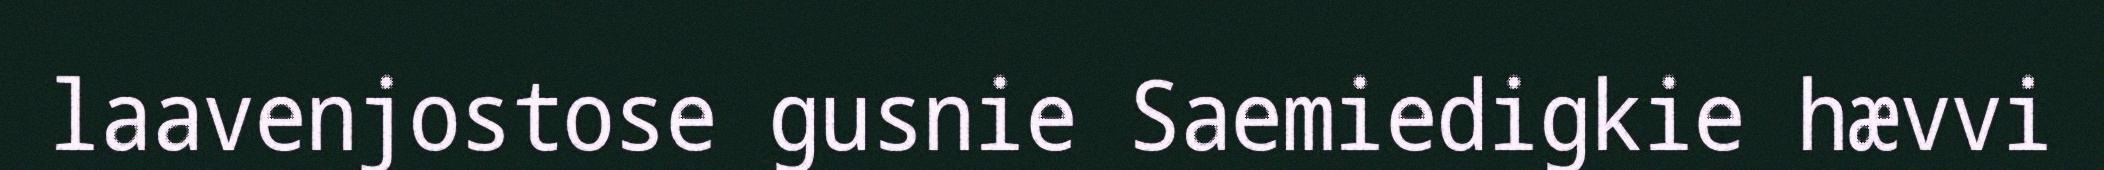
laavenjostose gusnie Saemiedigkie hævvi